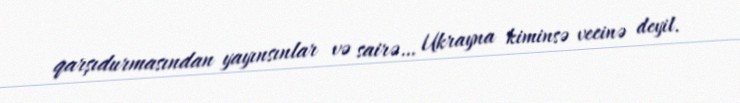
qarşıdurmasından yayınsınlar və sairə… Ukrayna kiminsə vecinə deyil.